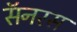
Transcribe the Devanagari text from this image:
सॅनरस